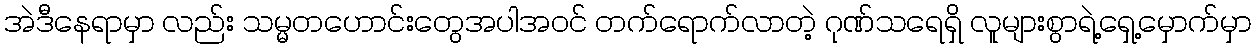
အဲဒီနေရာမှာ လည်း သမ္မတဟောင်းတွေအပါအ၀င် တက်ရောက်လာတဲ့ ဂုဏ်သရေရှိ လူများစွာရဲ့ရှေ့မှောက်မှာ